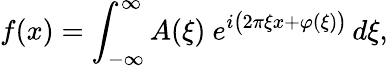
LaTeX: f(x)=\int_{-\infty}^{\infty}A(\xi)\ e^{i{\bigl(}2\pi\xi x+\varphi(\xi){\bigr)}}\, d\xi,